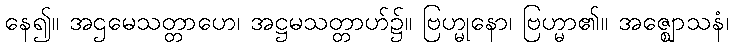
နေ၍။ အဌမေသတ္တာဟေ၊ အဋ္ဌမသတ္တာဟ်၌။ ဗြဟ္မုနော၊ ဗြဟ္မာ၏။ အဇ္ဈောသနံ၊